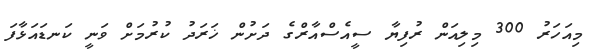
މިއަހަރު 300 މިލިއަން ރުފިޔާ ސީއެސްއާރްގެ ދަށުން ޚަރަދު ކުރުމަށް ވަނީ ކަނޑައަޅާފަ